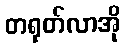
တရုတ်လာအို